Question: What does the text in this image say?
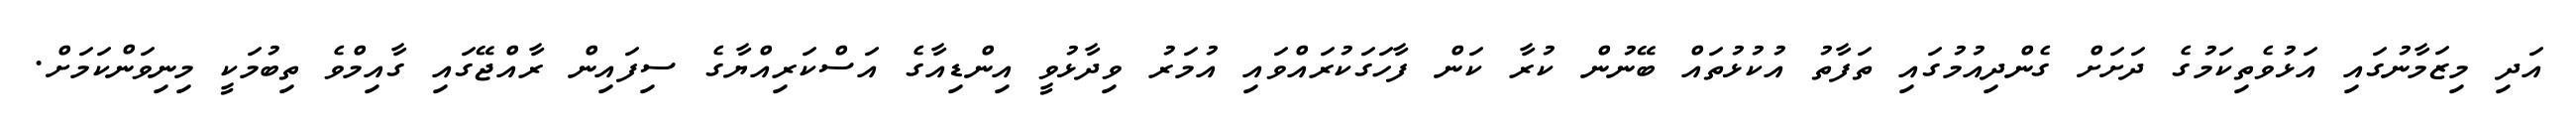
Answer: އަދި މިޒަމާނުގައި އަޅުވެތިކަމުގެ ދަށަށް ގެންދިއުމުގައި ތަފާތު އުކުޅުތައް ބޭނުން ކުރާ ކަން ފާހަގަކުރައްވައި އުމަރު ވިދާޅުވީ އިންޑިއާގެ އަސްކަރިއްޔާގެ ސިފައިން ރާއްޖޭގައި ގާއިމްވެ ތިބުމަކީ މިނިވަންކަމަށް.